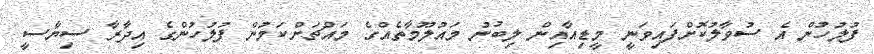
ފުލުހުން އެ ސުވާލުކޮށްފައިވަނީ މީޑިއާއިން ލިބުނު މައުލޫމާތެއްގެ މައްޗަށްކަމުން ފުލުހުންގެ އިދާރާ ސިޔާސީ